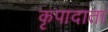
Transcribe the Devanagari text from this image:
कृपादाता